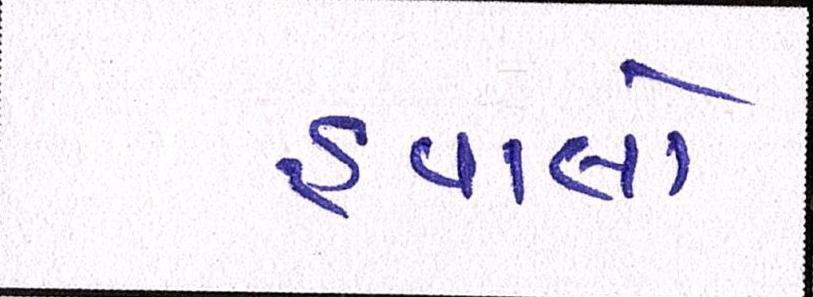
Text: હવાલો